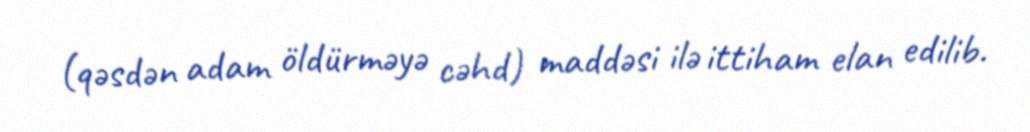
(qəsdən adam öldürməyə cəhd) maddəsi ilə ittiham elan edilib.